Indian journal of veterinary science and animal husbandry - Volumes 15-17, 1948-1951
Year: 1948
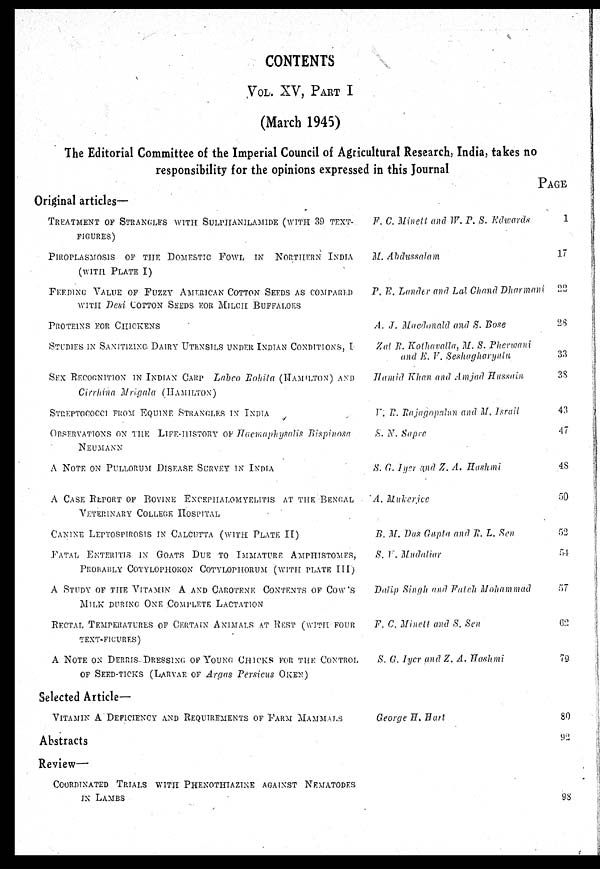
CONTENTS
VOL. XV, PART I
(March 1945)
The Editorial Committee of the Imperial Council of Agricultural Research, India, takes no
responsibility for the opinions expressed in this Journal
Original articles—
TREATMENT OF STRANGLES WITH SULPHANILAMIDE (WITH 39 TEXT-
FIGURES)
PIROPLASMOSIS OF THE DOMESTIC FOWL IN NORTHERN INDIA
(WITH PLATE I)
FEEDING VALUE OF FUZZY AMERICAN COTTON SEEDS AS COMPARED
WITH Desi COTTON SEEDS FOR MILCII BUFFALOES
PROTEINS FOR CHICKENS
STUDIES IN SANITIZING DAIRY UTENSILS UNDER INDIAN CONDITIONS,
SEX RECOGNITION IN INDIAN CARP Labeo Rohila (HAMILTON) AND
Cirrhina Mrigala (HAMILTON)
STREPTOCOCCI FROM EQUINE STRANGLES IN INDIA
OBSERVATIONS ON THE LIFE-HISTORY OF haemaphysalis Bispinosa
NEUMANN
A NOTE ON PULLORUM DISEASE SURVEY IN INDIA
A CASE REPORT OF BOVINE ENCEPHALOMYELITIS AT THE BENGAL
VETERINARY COLLEGE HOSPITAL
CANINE LEPTOSPIROSIS IN CALCUTTA (WITH PLATE II)
FATAL ENTERITIS IN GOATS DUE TO IMMATURE AMPHISTOMES,
PROBABLY COTYLOPHORON COTYLOPHORUM (WITH PLATE III)
A STUDY OF THE VITAMIN A AND CAROTENE CONTENTS OF COW'S
MILK DURING ONE COMPLETE LACTATION
RECTAL TEMPERATURES OF CERTAIN ANIMALS AT REST (WITH FOUR
TEXT-FIGURES)
A NOTE ON DERRIS DRESSING OF YOUNG CHICKS FOR THE CONTROL
OF SEED-TICKS (LARVAE OF Argas Persicus OKEN)
Selected Article—
VITAMIN A DEFICIENCY AND REQUIREMENTS OF FARM MAMMALS
Abstracts
Review—
COORDINATED TRIALS WITH PHENOTHIAZINE AGAINST NEMATODES
IN LAMBS
F. C. Minett and W.P.S. Edwards
M. Abdussalam
P. E. Lander and Lal Chand Dharmani
A. J. Macdonald and S. Bose
Zal R. Kothavalla, M. S. Pherwani
and E. V. Seshagharyulu
Hamid Khan and Amjad Hussain
V. R. Rajagopalan and M. Israil
S. N. Sapre
S. G. Iyer and Z. A. Hashmi
A. Mukerjee
B. M. Das Gupta and R. L. Sen
S. V. Mudatiar
Dalip Singh and Fateh Mohammad
F. C. Minett and S. Sen
S. G. Iyer and Z. A. Hashmi
George H. Hart
PAGE
1
17
22
28
33
38
43
47
48
50
52
54
57
62
79
80
92
98